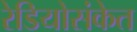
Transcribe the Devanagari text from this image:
रेडियोसंकेत